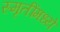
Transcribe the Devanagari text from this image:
स्मृतींमध्ये